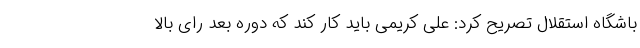
باشگاه استقلال تصریح کرد: علی کریمی باید کار کند که دوره بعد رای بالا